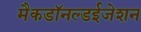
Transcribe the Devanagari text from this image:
मैकडॉनल्डईजेशन